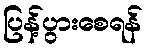
ပြန့်ပွားစေရန်